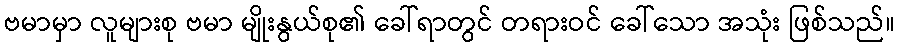
ဗမာမှာ လူများစု ဗမာ မျိုးနွယ်စု၏ ခေါ်ရာတွင် တရားဝင် ခေါ်သော အသုံး ဖြစ်သည်။